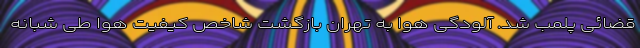
قضائی پلمب شد. آلودگی هوا به تهران بازگشت شاخص کیفیت هوا طی شبانه